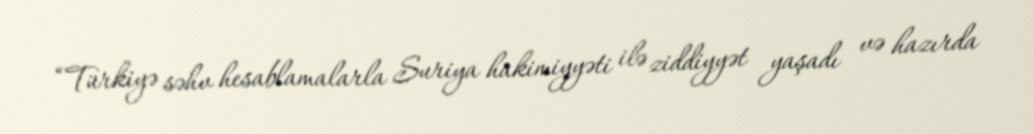
“Türkiyə səhv hesablamalarla Suriya hakimiyyəti ilə ziddiyyət yaşadı və hazırda